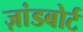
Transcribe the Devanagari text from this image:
ज़ांडबोर्ट